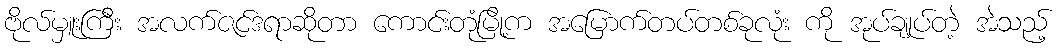
ဗိုလ်မှူးကြီး အလက်ဇင်ဒရာဆိုတာ ကောင်းတုံမြို့က အမြောက်တပ်တစ်ခုလုံး ကို အုပ်ချုပ်တဲ့ အဲသည့်